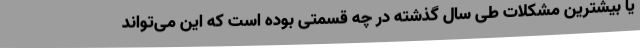
یا بیشترین مشکلات طی سال گذشته در چه قسمتی بوده است که این می‌تواند